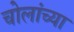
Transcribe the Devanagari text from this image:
चोलांच्या